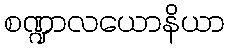
စဏ္ဍာလယောနိယာ